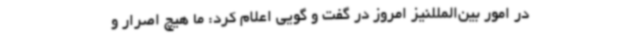
در امور بین‌المللنیز امروز در گفت و گویی اعلام کرد: ما هیچ اصرار و